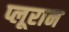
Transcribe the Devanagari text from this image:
प्लूरान